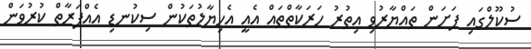
ސުކޫލްގައި ފަށަން ތައްޔާރުވި އިތުރު ހަރަކާތްތައް އެއީ އެހިޔާލުތަކުން ސިކުނޑި އެެއްފަރާތް ކުރުވަން